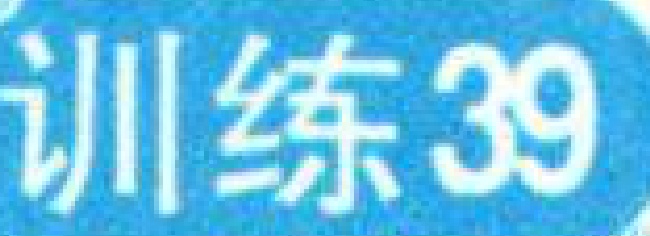
训练39